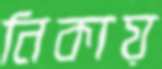
নিকায়